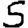
Digit: 5